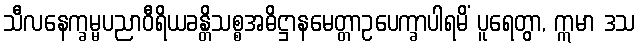
သီလနေက္ခမ္မပညာဝီရိယခန္တိသစ္စအဓိဋ္ဌာနမေတ္တာဥပေက္ခာပါရမိံ ပူရေတွာ, ဣမာ ဒသ